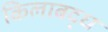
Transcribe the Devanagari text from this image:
किलाबद्ध